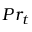
P r _ { t }